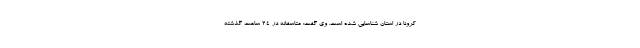
کرونا در استان شناسایی شده است. وی گفت: متاسفانه در ۲۴ ساعت گذشته